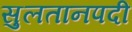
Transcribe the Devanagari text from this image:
सुलतानपदी